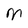
Character: M